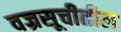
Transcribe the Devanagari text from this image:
वज्रसूचीतील